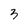
Character: 3